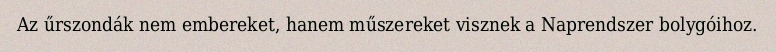
Az űrszondák nem embereket, hanem műszereket visznek a Naprendszer bolygóihoz.